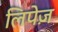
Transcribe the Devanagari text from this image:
लिपेज़